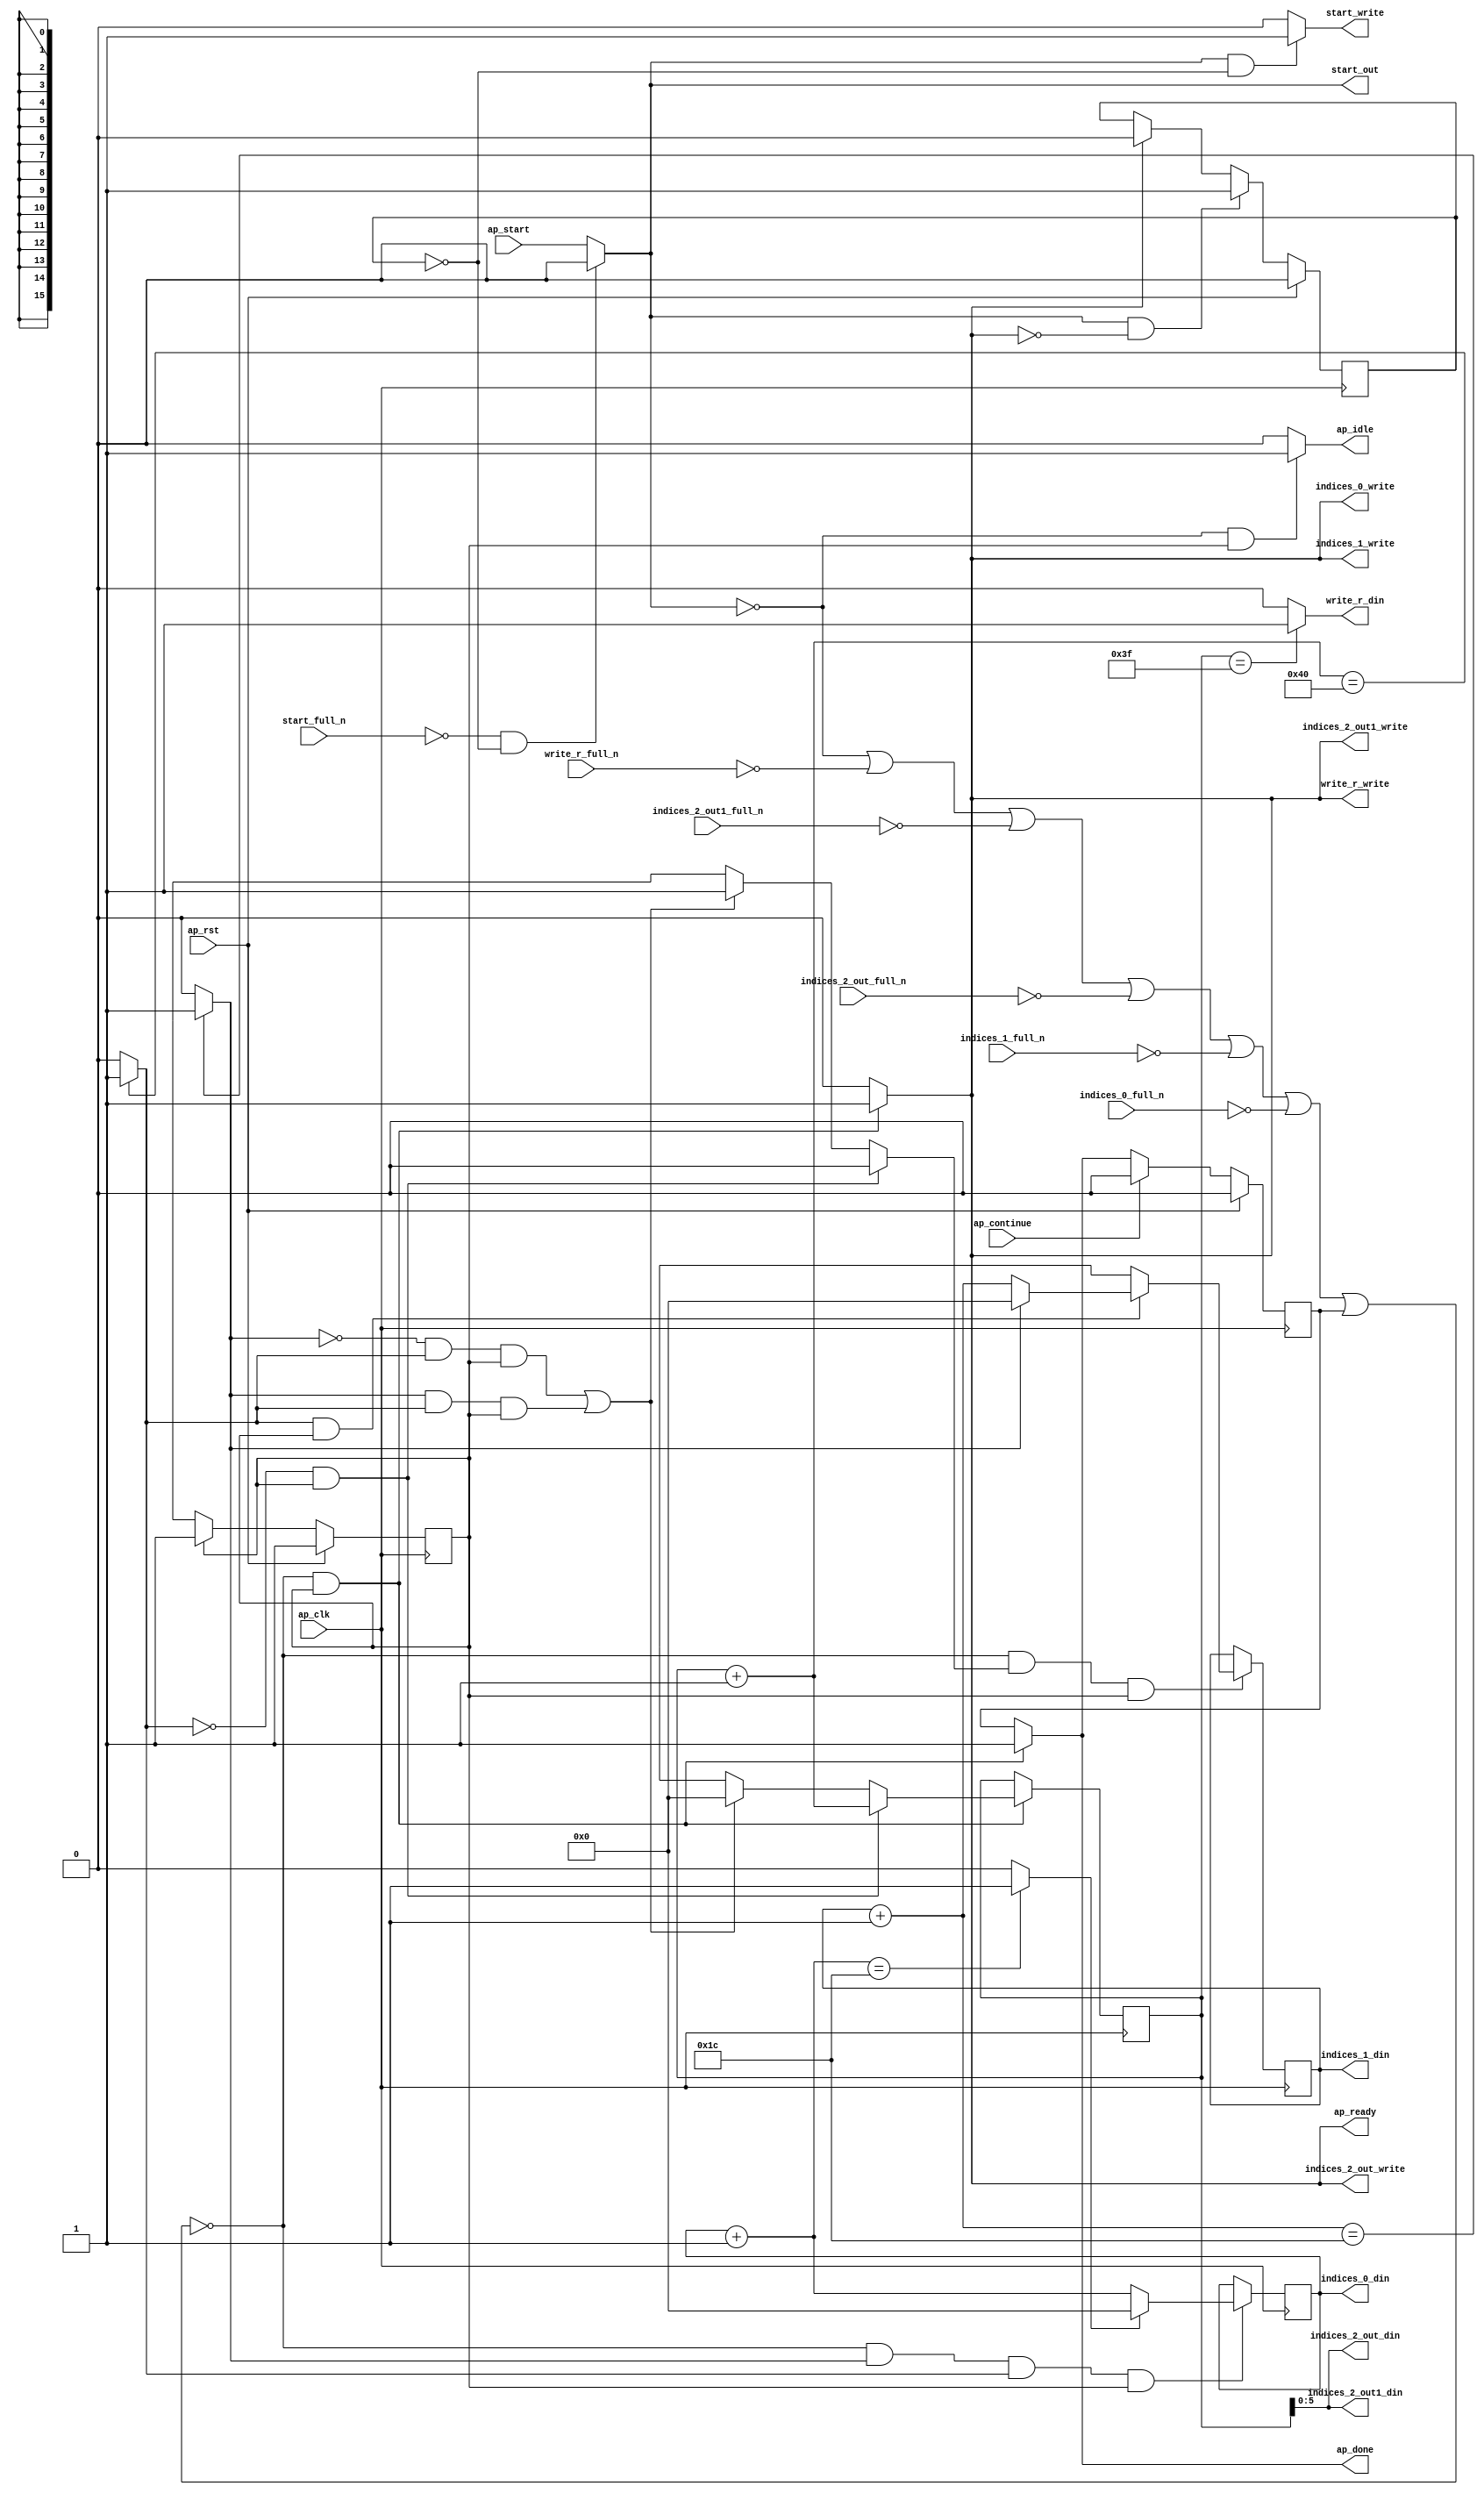
`define EXPONENT 5
`define MANTISSA 10
`define ACTUAL_MANTISSA 11
`define EXPONENT_LSB 10
`define EXPONENT_MSB 14
`define MANTISSA_LSB 0
`define MANTISSA_MSB 9
`define MANTISSA_MUL_SPLIT_LSB 3
`define MANTISSA_MUL_SPLIT_MSB 9
`define SIGN 1
`define SIGN_LOC 15
`define DWIDTH (`SIGN+`EXPONENT+`MANTISSA)
`define IEEE_COMPLIANCE 1

module td_fused_top_tdf7_get_next_ijk (
        ap_clk,
        ap_rst,
        ap_start,
        start_full_n,
        ap_done,
        ap_continue,
        ap_idle,
        ap_ready,
        start_out,
        start_write,
        indices_0_din,
        indices_0_full_n,
        indices_0_write,
        indices_1_din,
        indices_1_full_n,
        indices_1_write,
        indices_2_out_din,
        indices_2_out_full_n,
        indices_2_out_write,
        indices_2_out1_din,
        indices_2_out1_full_n,
        indices_2_out1_write,
        write_r_din,
        write_r_full_n,
        write_r_write
);

parameter    ap_ST_fsm_state1 = 1'd1;

input   ap_clk;
input   ap_rst;
input   ap_start;
input   start_full_n;
output   ap_done;
input   ap_continue;
output   ap_idle;
output   ap_ready;
output   start_out;
output   start_write;
output  [15:0] indices_0_din;
input   indices_0_full_n;
output   indices_0_write;
output  [15:0] indices_1_din;
input   indices_1_full_n;
output   indices_1_write;
output  [5:0] indices_2_out_din;
input   indices_2_out_full_n;
output   indices_2_out_write;
output  [5:0] indices_2_out1_din;
input   indices_2_out1_full_n;
output   indices_2_out1_write;
output   write_r_din;
input   write_r_full_n;
output   write_r_write;

reg ap_done;
reg ap_idle;
reg start_write;
reg indices_0_write;
reg indices_1_write;
reg indices_2_out_write;
reg indices_2_out1_write;
reg write_r_write;

reg    real_start;
reg    start_once_reg;
reg    ap_done_reg;
  reg   [0:0] ap_CS_fsm;
wire    ap_CS_fsm_state1;
reg    internal_ap_ready;
reg   [15:0] i_11;
reg   [15:0] j_11;
reg   [15:0] k_11;
reg    indices_0_blk_n;
reg    indices_1_blk_n;
reg    indices_2_out_blk_n;
reg    indices_2_out1_blk_n;
reg    write_r_blk_n;
reg   [0:0] ap_phi_mux_j_18_flag_0_i_phi_fu_90_p6;
reg    ap_block_state1;
wire   [0:0] icmp_ln227_fu_161_p2;
wire   [0:0] icmp_ln230_fu_174_p2;
reg   [15:0] ap_phi_mux_j_18_new_0_i_phi_fu_104_p6;
wire   [15:0] add_ln229_fu_167_p2;
reg   [15:0] ap_phi_mux_k_18_new_0_i_phi_fu_117_p6;
wire   [15:0] add_ln226_fu_154_p2;
wire   [15:0] select_ln233_fu_192_p3;
wire   [5:0] trunc_ln224_fu_141_p1;
wire   [15:0] add_ln232_fu_180_p2;
wire   [0:0] icmp_ln233_fu_186_p2;
reg   [0:0] ap_NS_fsm;
wire    ap_ce_reg;

// power-on initialization
initial begin
#0 start_once_reg = 1'b0;
#0 ap_done_reg = 1'b0;
#0 ap_CS_fsm = 1'd1;
#0 i_11 = 16'd0;
#0 j_11 = 16'd0;
#0 k_11 = 16'd0;
end

always @ (posedge ap_clk) begin
    if (ap_rst == 1'b1) begin
        ap_CS_fsm <= ap_ST_fsm_state1;
    end else begin
        ap_CS_fsm <= ap_NS_fsm;
    end
end

always @ (posedge ap_clk) begin
    if (ap_rst == 1'b1) begin
        ap_done_reg <= 1'b0;
    end else begin
        if ((ap_continue == 1'b1)) begin
            ap_done_reg <= 1'b0;
        end else if ((~((real_start == 1'b0) | (write_r_full_n == 1'b0) | (indices_2_out1_full_n == 1'b0) | (indices_2_out_full_n == 1'b0) | (indices_1_full_n == 1'b0) | (indices_0_full_n == 1'b0) | (ap_done_reg == 1'b1)) & (1'b1 == ap_CS_fsm_state1))) begin
            ap_done_reg <= 1'b1;
        end
    end
end

always @ (posedge ap_clk) begin
    if (ap_rst == 1'b1) begin
        start_once_reg <= 1'b0;
    end else begin
        if (((real_start == 1'b1) & (internal_ap_ready == 1'b0))) begin
            start_once_reg <= 1'b1;
        end else if ((internal_ap_ready == 1'b1)) begin
            start_once_reg <= 1'b0;
        end
    end
end

always @ (posedge ap_clk) begin
    if ((~((real_start == 1'b0) | (write_r_full_n == 1'b0) | (indices_2_out1_full_n == 1'b0) | (indices_2_out_full_n == 1'b0) | (indices_1_full_n == 1'b0) | (indices_0_full_n == 1'b0) | (ap_done_reg == 1'b1)) & (icmp_ln230_fu_174_p2 == 1'd1) & (icmp_ln227_fu_161_p2 == 1'd1) & (1'b1 == ap_CS_fsm_state1))) begin
        i_11 <= select_ln233_fu_192_p3;
    end
end

always @ (posedge ap_clk) begin
    if ((~((real_start == 1'b0) | (write_r_full_n == 1'b0) | (indices_2_out1_full_n == 1'b0) | (indices_2_out_full_n == 1'b0) | (indices_1_full_n == 1'b0) | (indices_0_full_n == 1'b0) | (ap_done_reg == 1'b1)) & (ap_phi_mux_j_18_flag_0_i_phi_fu_90_p6 == 1'd1) & (1'b1 == ap_CS_fsm_state1))) begin
        j_11 <= ap_phi_mux_j_18_new_0_i_phi_fu_104_p6;
    end
end

always @ (posedge ap_clk) begin
    if ((~((real_start == 1'b0) | (write_r_full_n == 1'b0) | (indices_2_out1_full_n == 1'b0) | (indices_2_out_full_n == 1'b0) | (indices_1_full_n == 1'b0) | (indices_0_full_n == 1'b0) | (ap_done_reg == 1'b1)) & (1'b1 == ap_CS_fsm_state1))) begin
        k_11 <= ap_phi_mux_k_18_new_0_i_phi_fu_117_p6;
    end
end

always @ (*) begin
    if ((~((real_start == 1'b0) | (write_r_full_n == 1'b0) | (indices_2_out1_full_n == 1'b0) | (indices_2_out_full_n == 1'b0) | (indices_1_full_n == 1'b0) | (indices_0_full_n == 1'b0) | (ap_done_reg == 1'b1)) & (1'b1 == ap_CS_fsm_state1))) begin
        ap_done = 1'b1;
    end else begin
        ap_done = ap_done_reg;
    end
end

always @ (*) begin
    if (((real_start == 1'b0) & (1'b1 == ap_CS_fsm_state1))) begin
        ap_idle = 1'b1;
    end else begin
        ap_idle = 1'b0;
    end
end

always @ (*) begin
    if (((icmp_ln227_fu_161_p2 == 1'd0) & (1'b1 == ap_CS_fsm_state1))) begin
        ap_phi_mux_j_18_flag_0_i_phi_fu_90_p6 = 1'd0;
    end else if ((((icmp_ln230_fu_174_p2 == 1'd0) & (icmp_ln227_fu_161_p2 == 1'd1) & (1'b1 == ap_CS_fsm_state1)) | ((icmp_ln230_fu_174_p2 == 1'd1) & (icmp_ln227_fu_161_p2 == 1'd1) & (1'b1 == ap_CS_fsm_state1)))) begin
        ap_phi_mux_j_18_flag_0_i_phi_fu_90_p6 = 1'd1;
    end else begin
        ap_phi_mux_j_18_flag_0_i_phi_fu_90_p6 = 'bx;
    end
end

always @ (*) begin
    if (((icmp_ln227_fu_161_p2 == 1'd1) & (1'b1 == ap_CS_fsm_state1))) begin
        if ((icmp_ln230_fu_174_p2 == 1'd0)) begin
            ap_phi_mux_j_18_new_0_i_phi_fu_104_p6 = add_ln229_fu_167_p2;
        end else if ((icmp_ln230_fu_174_p2 == 1'd1)) begin
            ap_phi_mux_j_18_new_0_i_phi_fu_104_p6 = 16'd0;
        end else begin
            ap_phi_mux_j_18_new_0_i_phi_fu_104_p6 = 'bx;
        end
    end else begin
        ap_phi_mux_j_18_new_0_i_phi_fu_104_p6 = 'bx;
    end
end

always @ (*) begin
    if (((icmp_ln227_fu_161_p2 == 1'd0) & (1'b1 == ap_CS_fsm_state1))) begin
        ap_phi_mux_k_18_new_0_i_phi_fu_117_p6 = add_ln226_fu_154_p2;
    end else if ((((icmp_ln230_fu_174_p2 == 1'd0) & (icmp_ln227_fu_161_p2 == 1'd1) & (1'b1 == ap_CS_fsm_state1)) | ((icmp_ln230_fu_174_p2 == 1'd1) & (icmp_ln227_fu_161_p2 == 1'd1) & (1'b1 == ap_CS_fsm_state1)))) begin
        ap_phi_mux_k_18_new_0_i_phi_fu_117_p6 = 16'd0;
    end else begin
        ap_phi_mux_k_18_new_0_i_phi_fu_117_p6 = 'bx;
    end
end

always @ (*) begin
    if ((~((real_start == 1'b0) | (ap_done_reg == 1'b1)) & (1'b1 == ap_CS_fsm_state1))) begin
        indices_0_blk_n = indices_0_full_n;
    end else begin
        indices_0_blk_n = 1'b1;
    end
end

always @ (*) begin
    if ((~((real_start == 1'b0) | (write_r_full_n == 1'b0) | (indices_2_out1_full_n == 1'b0) | (indices_2_out_full_n == 1'b0) | (indices_1_full_n == 1'b0) | (indices_0_full_n == 1'b0) | (ap_done_reg == 1'b1)) & (1'b1 == ap_CS_fsm_state1))) begin
        indices_0_write = 1'b1;
    end else begin
        indices_0_write = 1'b0;
    end
end

always @ (*) begin
    if ((~((real_start == 1'b0) | (ap_done_reg == 1'b1)) & (1'b1 == ap_CS_fsm_state1))) begin
        indices_1_blk_n = indices_1_full_n;
    end else begin
        indices_1_blk_n = 1'b1;
    end
end

always @ (*) begin
    if ((~((real_start == 1'b0) | (write_r_full_n == 1'b0) | (indices_2_out1_full_n == 1'b0) | (indices_2_out_full_n == 1'b0) | (indices_1_full_n == 1'b0) | (indices_0_full_n == 1'b0) | (ap_done_reg == 1'b1)) & (1'b1 == ap_CS_fsm_state1))) begin
        indices_1_write = 1'b1;
    end else begin
        indices_1_write = 1'b0;
    end
end

always @ (*) begin
    if ((~((real_start == 1'b0) | (ap_done_reg == 1'b1)) & (1'b1 == ap_CS_fsm_state1))) begin
        indices_2_out1_blk_n = indices_2_out1_full_n;
    end else begin
        indices_2_out1_blk_n = 1'b1;
    end
end

always @ (*) begin
    if ((~((real_start == 1'b0) | (write_r_full_n == 1'b0) | (indices_2_out1_full_n == 1'b0) | (indices_2_out_full_n == 1'b0) | (indices_1_full_n == 1'b0) | (indices_0_full_n == 1'b0) | (ap_done_reg == 1'b1)) & (1'b1 == ap_CS_fsm_state1))) begin
        indices_2_out1_write = 1'b1;
    end else begin
        indices_2_out1_write = 1'b0;
    end
end

always @ (*) begin
    if ((~((real_start == 1'b0) | (ap_done_reg == 1'b1)) & (1'b1 == ap_CS_fsm_state1))) begin
        indices_2_out_blk_n = indices_2_out_full_n;
    end else begin
        indices_2_out_blk_n = 1'b1;
    end
end

always @ (*) begin
    if ((~((real_start == 1'b0) | (write_r_full_n == 1'b0) | (indices_2_out1_full_n == 1'b0) | (indices_2_out_full_n == 1'b0) | (indices_1_full_n == 1'b0) | (indices_0_full_n == 1'b0) | (ap_done_reg == 1'b1)) & (1'b1 == ap_CS_fsm_state1))) begin
        indices_2_out_write = 1'b1;
    end else begin
        indices_2_out_write = 1'b0;
    end
end

always @ (*) begin
    if ((~((real_start == 1'b0) | (write_r_full_n == 1'b0) | (indices_2_out1_full_n == 1'b0) | (indices_2_out_full_n == 1'b0) | (indices_1_full_n == 1'b0) | (indices_0_full_n == 1'b0) | (ap_done_reg == 1'b1)) & (1'b1 == ap_CS_fsm_state1))) begin
        internal_ap_ready = 1'b1;
    end else begin
        internal_ap_ready = 1'b0;
    end
end

always @ (*) begin
    if (((start_full_n == 1'b0) & (start_once_reg == 1'b0))) begin
        real_start = 1'b0;
    end else begin
        real_start = ap_start;
    end
end

always @ (*) begin
    if (((real_start == 1'b1) & (start_once_reg == 1'b0))) begin
        start_write = 1'b1;
    end else begin
        start_write = 1'b0;
    end
end

always @ (*) begin
    if ((~((real_start == 1'b0) | (ap_done_reg == 1'b1)) & (1'b1 == ap_CS_fsm_state1))) begin
        write_r_blk_n = write_r_full_n;
    end else begin
        write_r_blk_n = 1'b1;
    end
end

always @ (*) begin
    if ((~((real_start == 1'b0) | (write_r_full_n == 1'b0) | (indices_2_out1_full_n == 1'b0) | (indices_2_out_full_n == 1'b0) | (indices_1_full_n == 1'b0) | (indices_0_full_n == 1'b0) | (ap_done_reg == 1'b1)) & (1'b1 == ap_CS_fsm_state1))) begin
        write_r_write = 1'b1;
    end else begin
        write_r_write = 1'b0;
    end
end

always @ (*) begin
    case (ap_CS_fsm)
        ap_ST_fsm_state1 : begin
            ap_NS_fsm = ap_ST_fsm_state1;
        end
        default : begin
            ap_NS_fsm = 'bx;
        end
    endcase
end

assign add_ln226_fu_154_p2 = (k_11 + 16'd1);

assign add_ln229_fu_167_p2 = (j_11 + 16'd1);

assign add_ln232_fu_180_p2 = (i_11 + 16'd1);

assign ap_CS_fsm_state1 = ap_CS_fsm[32'd0];

always @ (*) begin
    ap_block_state1 = ((real_start == 1'b0) | (write_r_full_n == 1'b0) | (indices_2_out1_full_n == 1'b0) | (indices_2_out_full_n == 1'b0) | (indices_1_full_n == 1'b0) | (indices_0_full_n == 1'b0) | (ap_done_reg == 1'b1));
end

assign ap_ready = internal_ap_ready;

assign icmp_ln227_fu_161_p2 = ((add_ln226_fu_154_p2 == 16'd64) ? 1'b1 : 1'b0);

assign icmp_ln230_fu_174_p2 = ((add_ln229_fu_167_p2 == 16'd28) ? 1'b1 : 1'b0);

assign icmp_ln233_fu_186_p2 = ((add_ln232_fu_180_p2 == 16'd28) ? 1'b1 : 1'b0);

assign indices_0_din = i_11;

assign indices_1_din = j_11;

assign indices_2_out1_din = trunc_ln224_fu_141_p1;

assign indices_2_out_din = trunc_ln224_fu_141_p1;

assign select_ln233_fu_192_p3 = ((icmp_ln233_fu_186_p2[0:0] == 1'b1) ? 16'd0 : add_ln232_fu_180_p2);

assign start_out = real_start;

assign trunc_ln224_fu_141_p1 = k_11[5:0];

assign write_r_din = ((k_11 == 16'd63) ? 1'b1 : 1'b0);

endmodule //td_fused_top_tdf7_get_next_ijk